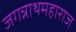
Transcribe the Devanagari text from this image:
जगन्नाथमहाराज